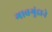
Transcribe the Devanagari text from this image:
गावगुंडाने